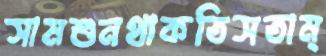
সামশুনথাকতিসতাম্